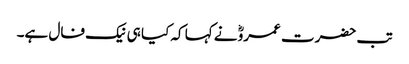
تب حضرت عمروؓ نے کہا کہ کیا ہی نیک فال ہے۔